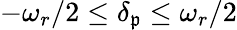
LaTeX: -\omega_{r}/2\leq\delta_{\mathfrak{p}}\leq\omega_{r}/2